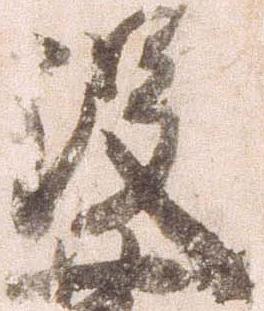
没